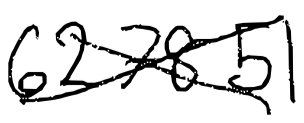
Text: 627851
Cross-out: cross
Writing tool: digital_black